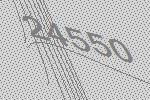
24550